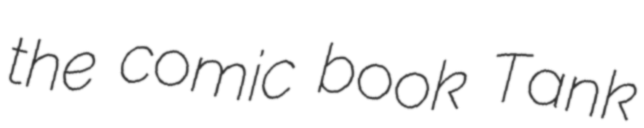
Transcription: the comic book Tank